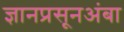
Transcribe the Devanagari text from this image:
ज्ञानप्रसूनअंबा